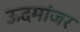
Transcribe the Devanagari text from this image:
ऊदमांजर